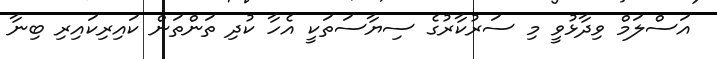
އަސްލަމް ވިދާޅުވީ މި ސަރުކާރުގެ ސިޔާސަތަކީ އެހާ ކުދި ތަންތަން ކައިރިކައިރި ބިނާ